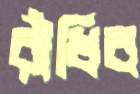
রাঁধিব